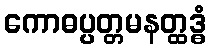
ကောဓပ္ပတ္တမနတ္ထဒ္ဓံ